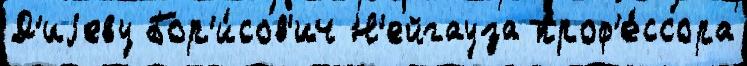
Д'иjеву Бор'и́сов'ич Н'ейгауза проф'е́ссора